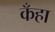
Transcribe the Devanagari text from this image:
कँहा